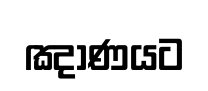
ඤාණයට